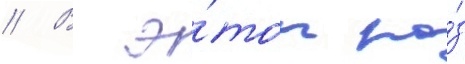
// В э́тот ра́з